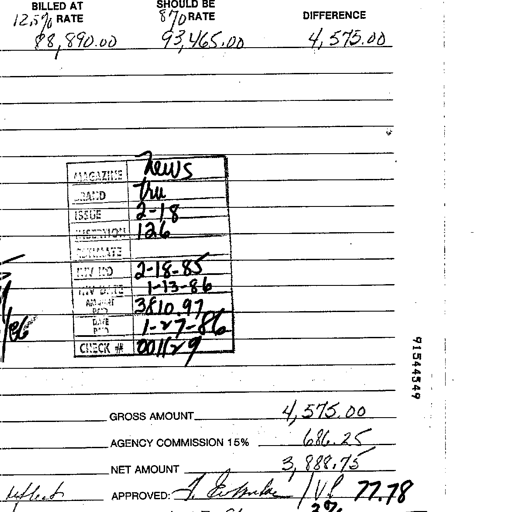
Transcript:
BILLED AT SHOULD BE
12,5% RATE 870 RATE DIFFERENCE
88,890.00 93,465.00 4,575.00

MAGAZINE News
BRAND tru
ISSUE 2-18
SECTION 126
AD RATE
INV NO 2-18-85
INV DATE 1-13-86
AMOUNT PAID 3810.97
DATE PAID 1-27-86
CHECK # 001179

GROSS AMOUNT 4,575.00
AGENCY COMMISSION 15% 686.25
NET AMOUNT 3,888.75
APPROVED: T. Estrada / VL 77.78
2%

91544349